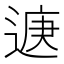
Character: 𮞨